Document type: Sale
Year: 1423
Scribe: Joan Franc
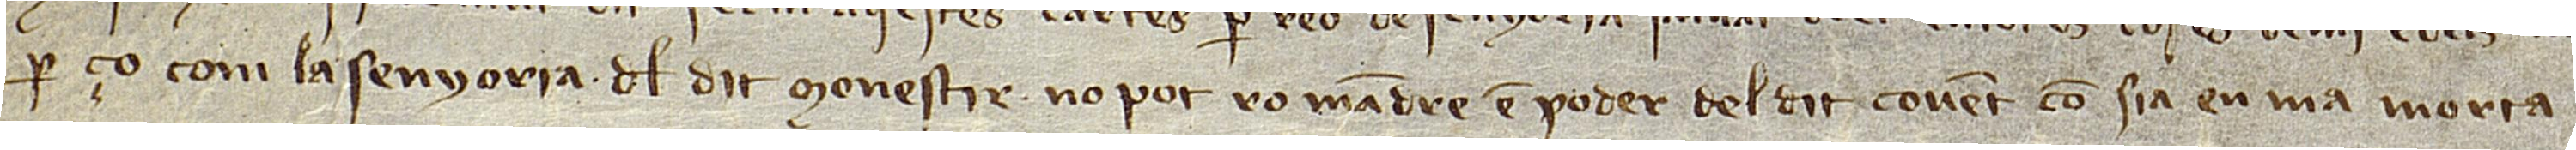
per ço com la senyoria del dit monestir no pot romandre en poder del dit convent, com sia en mà morta.